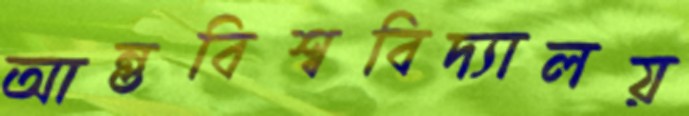
আন্তবিশ্ববিদ্যালয়